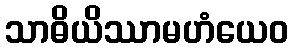
သာဓိယိဿာမဟံယေဝ